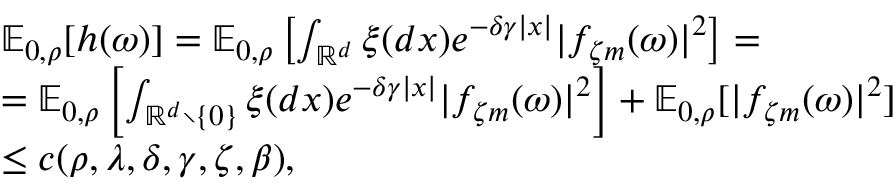
\begin{array} { r l } & { { \ensuremath { \mathbb E } } _ { 0 , \rho } [ h ( \omega ) ] = { \ensuremath { \mathbb E } } _ { 0 , \rho } \left[ \int _ { { \ensuremath { \mathbb R } } ^ { d } } \xi ( d x ) e ^ { - \delta \gamma | x | } | f _ { \zeta m } ( \omega ) | ^ { 2 } \right] = } \\ & { = { \ensuremath { \mathbb E } } _ { 0 , \rho } \left[ \int _ { { \ensuremath { \mathbb R } } ^ { d } \setminus \{ 0 \} } \xi ( d x ) e ^ { - \delta \gamma | x | } | f _ { \zeta m } ( \omega ) | ^ { 2 } \right] + { \ensuremath { \mathbb E } } _ { 0 , \rho } [ | f _ { \zeta m } ( \omega ) | ^ { 2 } ] } \\ & { \leq c ( \rho , \lambda , \delta , \gamma , \zeta , \beta ) , } \end{array}